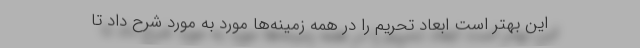
این بهتر است ابعاد تحریم را در همه زمینه‌ها مورد به مورد شرح داد تا